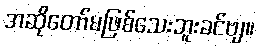
အဆိုတော်မဖြစ်သေးဘူးခင်ဗျ။